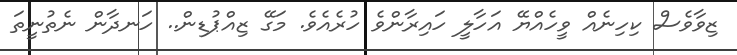
ޒިވާވެސް ކިހިނެއް ވީހެއްޔޭ އަހާލީ ހައިރާންވެ ހުރެއެވެ. މަގޭ ޒިއްޕުޑިން.. ހަނދާން ނެތުނީތަ